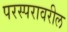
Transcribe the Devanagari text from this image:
परस्परावरील